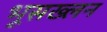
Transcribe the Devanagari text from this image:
भूसख्लन